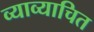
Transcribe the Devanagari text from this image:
व्याव्याचित